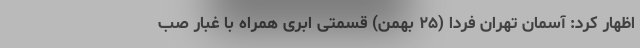
اظهار کرد: آسمان تهران فردا (۲۵ بهمن) قسمتی ابری همراه با غبار صب